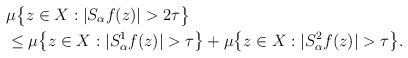
LaTeX: \begin{align*}&\mu\big\{z\in X: |S_{\alpha}f(z)|>2\tau\big\}\\&\leq\mu\big\{z\in X: |S_{\alpha}^1f(z)|>\tau\big\}+\mu\big\{z\in X: |S_{\alpha}^2f(z)|>\tau\big\}.\end{align*}